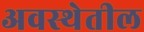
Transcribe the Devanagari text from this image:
अवस्‍थेतील